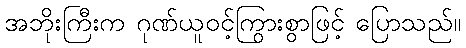
အဘိုးကြီးက ဂုဏ်ယူဝင့်ကြွားစွာဖြင့် ပြောသည်။